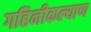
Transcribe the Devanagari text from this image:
गहिनीकल्याण